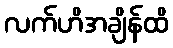
လက်ဟိအချိန်ထိ